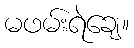
မဖမ်းရဲချေ။